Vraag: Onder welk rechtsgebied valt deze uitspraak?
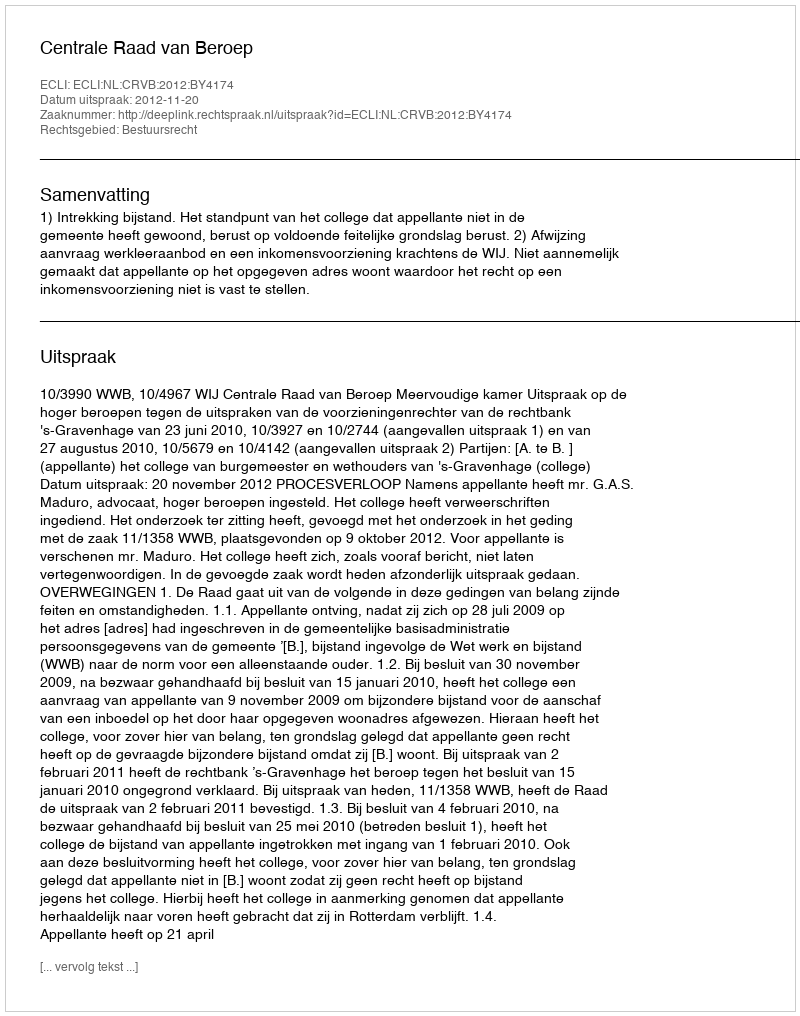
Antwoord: Bestuursrecht